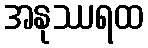
အနုဿရထ